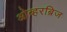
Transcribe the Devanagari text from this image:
ओव्हरब्रिज